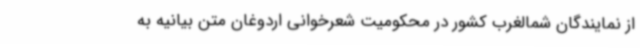
از نمایندگان شمالغرب کشور در محکومیت شعرخوانی اردوغان متن بیانیه به